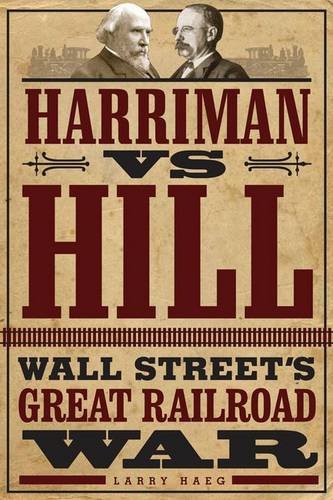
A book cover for Harriman vs. Hill: Wall StreetEEs Great Railroad War; Larry Haeg; Business & Money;